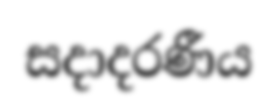
සදාදරණීය